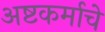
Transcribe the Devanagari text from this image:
अष्टकर्माचे